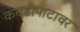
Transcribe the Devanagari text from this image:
कवडीपाटावर